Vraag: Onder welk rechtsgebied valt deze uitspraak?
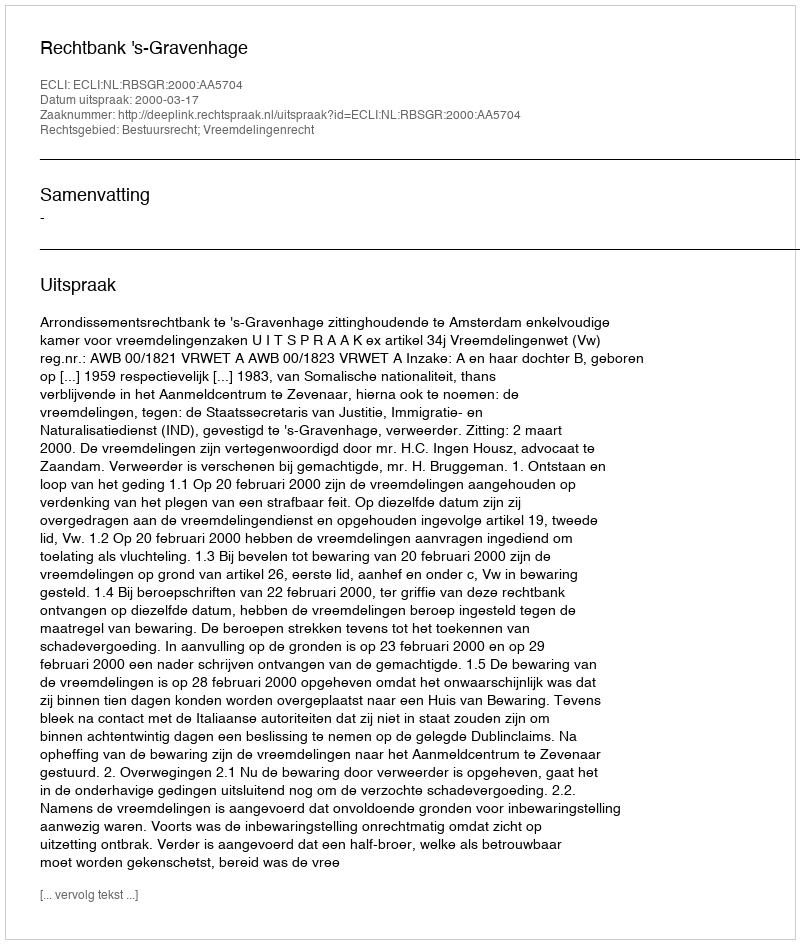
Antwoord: Bestuursrecht; Vreemdelingenrecht